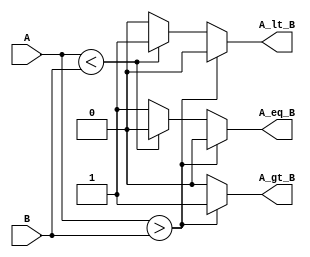
module ParameterizedComparator #(
    parameter WIDTH = 8  // Parameter to define the bit width of inputs
)(
    input  [WIDTH-1:0] A,  // Input A
    input  [WIDTH-1:0] B,  // Input B
    output reg A_gt_B,      // Output: A greater than B
    output reg A_lt_B,      // Output: A less than B
    output reg A_eq_B       // Output: A equal to B
);

// Always block to compare inputs A and B
always @(*) begin
    // Default output values
    A_gt_B = 0;
    A_lt_B = 0;
    A_eq_B = 0;

    // Comparison logic
    if (A > B) begin
        A_gt_B = 1;
    end else if (A < B) begin
        A_lt_B = 1;
    end else begin
        A_eq_B = 1;
    end
end

endmodule